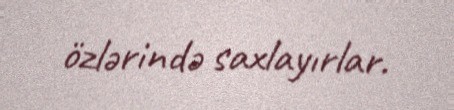
özlərində saxlayırlar.